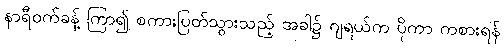
နာရီဝက်ခန့် ကြာ၍ စကားပြတ်သွားသည့် အခါ၌ ဂျရယ်က ပိုကာ ကစားရန်